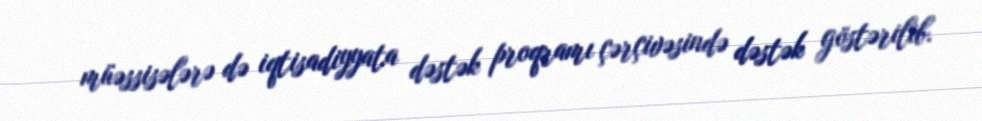
müəssisələrə də iqtisadiyyata dəstək proqramı çərçivəsində dəstək göstərilib.